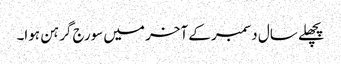
پچھلے سال دسمبر کے آخر میں سورج گرہن ہوا۔